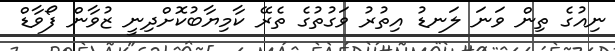
ނިއުގެ ތިން ވަނަ ލަނޑު އިތުރު ވަގުތުގެ ތެރޭ ކާމިޔާބުކޮށްދިނީ ޒުވާން ފޯވާޑް